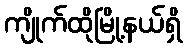
ကျိုက်ထိုမြို့နယ်ရှိ